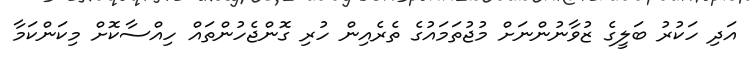
އަދި ހަކުރު ބަލީގެ ޒުވާނުންނަށް މުޖުތަމައުގެ ތެރެއިން ހުރި ގޮންޖެހުންތައް ހިއްސާކޮށް މިކަންކަމާ